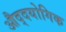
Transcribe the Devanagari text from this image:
औद्दयोगिक